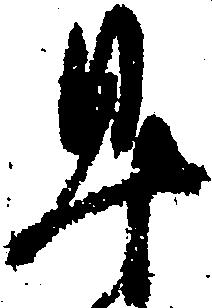
早